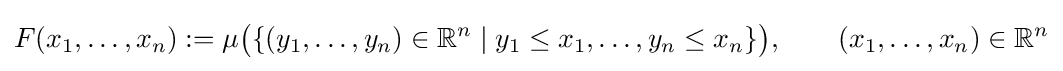
F(x_{1},\ldots ,x_{n}):=\mu {\bigl (}\{(y_{1},\ldots ,y_{n})\in {\mathbb {R} }^{n}\mid y_{1}\leq x_{1},\ldots ,y_{n}\leq x_{n}\}{\bigr )},\qquad (x_{1},\ldots ,x_{n})\in {\mathbb {R} }^{n}